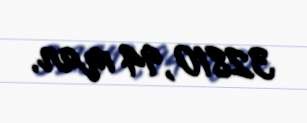
32810,94 man.